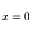
x = 0